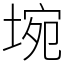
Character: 埦